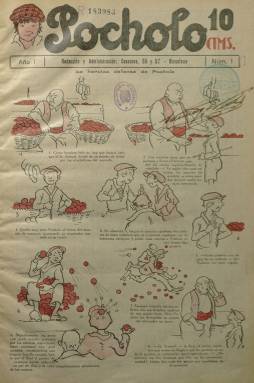
Título: Pocholo (Barcelona)
Colección: Revistas infantiles
Ámbito geográfico: Barcelona
Lugar de publicación: Barcelona
Fechas: 01/01/1931-31/12/1932

Este tebeo comenzó a publicarse en 1931 en Barcelona por la editorial Santiago Vives con una elevada tirada y sirvió de plataforma de expresión para una generación de nuevos dibujantes que estaban adquiriendo los recursos estilísticos de los autores del comic americano.

  Con ocho páginas inicialmente, esta revista infantil de periodicidad semanal llegó a tener 16 en color y blanco y negro a partir de 1933 hasta la desaparición de su primera etapa en 1937. La Biblioteca Nacional de España solo posee los números correspondientes a 1931 y 1932. A partir del número 19, de 8 de marzo de 1932, cambió el dibujo y la tipografía de su cabecera. El personaje que da título al tebeo, Pocholo, dibujado con su gorra de manera destacada pasó a aparecer más pequeño leyendo la revista y acompañado por su perro.

La publicación era variada e incluía historietas, dibujos cómicos, seriales de aventuras, relatos gráficos y pasatiempos, y acogía a un buen número de personajes que aspiraban a llenar el mundo imaginativo de los niños.

  Entre los dibujantes que trabajaron para la revista figuran Marino Benejam i Ferrer, Jesús Blasco, José Cabrero Arnal, Celemín, Salvador Chapas, Jaime Juez Castellà, Augustus Mager, Ramiro Mondragón, Arturo Moreno Salvador, Melcior Niubó y Jaime Tomás García.

Además de los 272 números que editó en su primera etapa se publicaron siete números especiales como almanaques, siendo el último el de 1942. Este y el almanaque de 1940 fueron lanzamientos únicos dado que la colección había ya terminado.

   Pocholo tuvo dos nuevas etapas, la segunda con 75 números de 1945 a 1949 y la última en los años 1951 y 1952 con 18 números. En esta tercera etapa corrió a cargo de Hispano Americana de Ediciones.

Para más información sobre esta revista infantil se puede consultar la web Tebeoesfera y el artículo de Jaume Capdevila ‘Pocholo: la renovación como estrategia’ en el libro ‘Tebeos. Las revistas infantiles. Sevilla: Asociación Cultural Tebeosfera’, publicado en 2014.

[Descripción publicada el 10/11/2022]